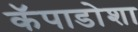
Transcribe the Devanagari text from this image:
कॅपाडोशा